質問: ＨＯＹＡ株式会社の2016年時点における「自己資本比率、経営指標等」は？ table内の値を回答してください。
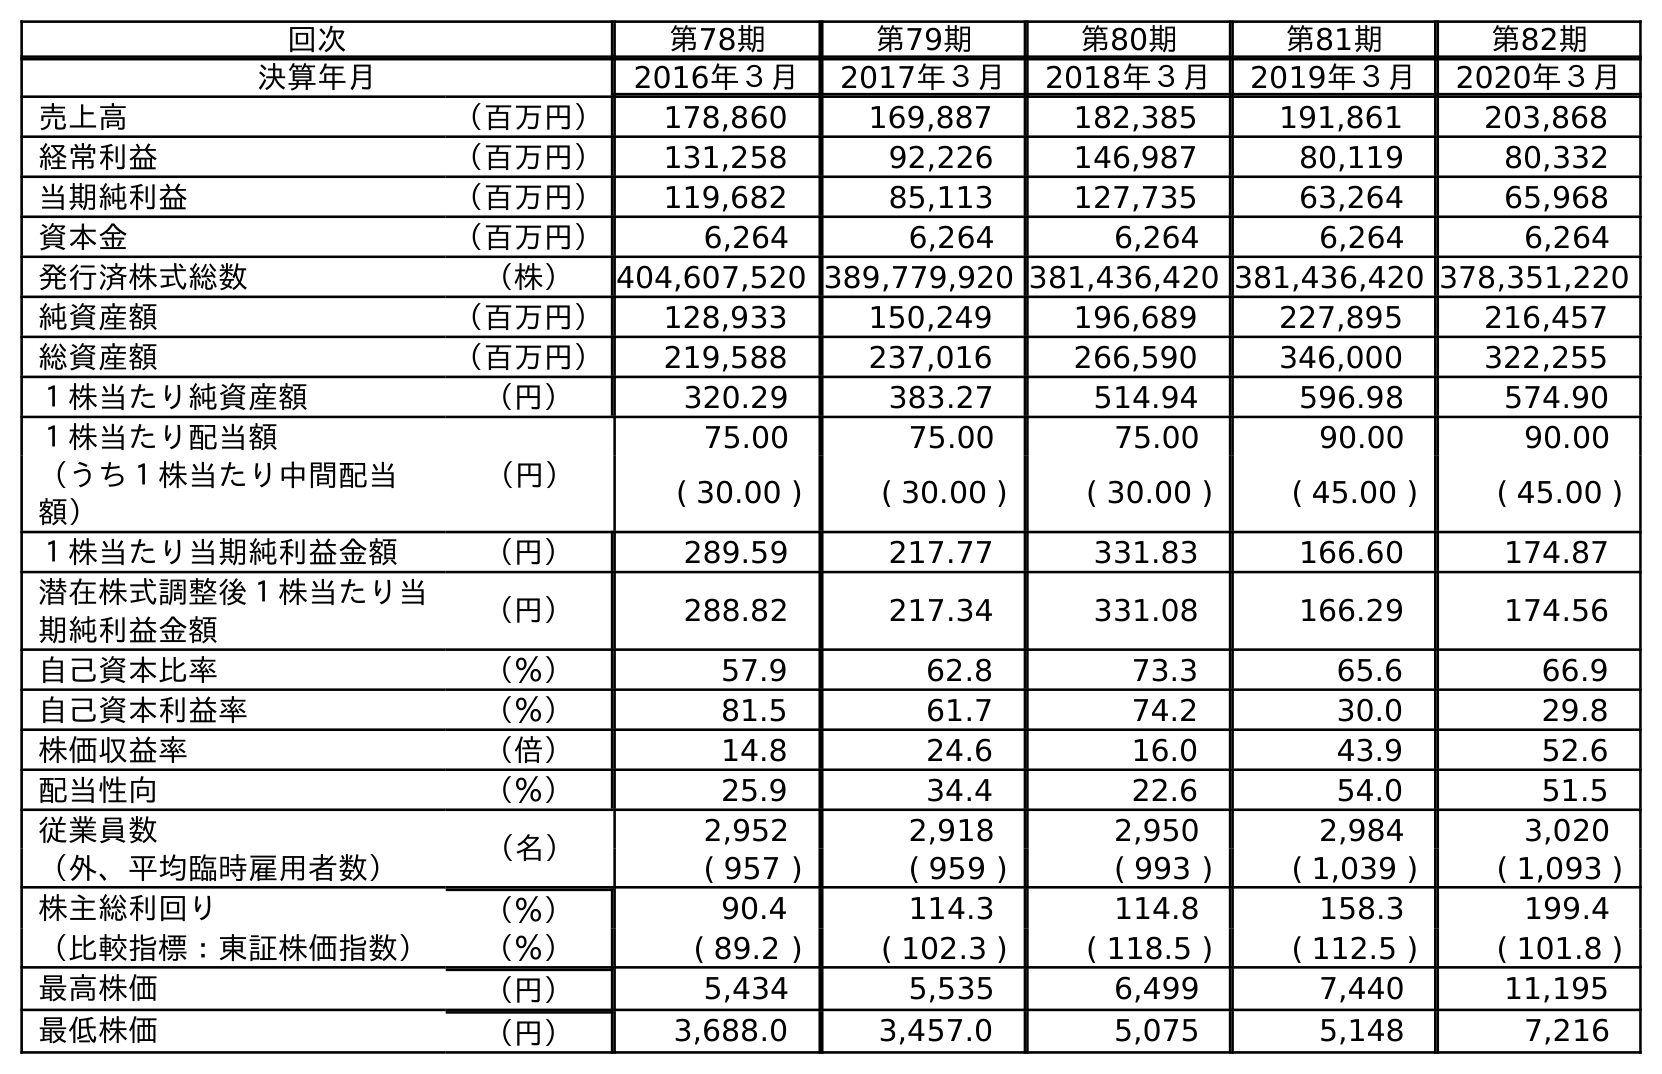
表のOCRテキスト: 回次 第78期 第79期 第80期 第81期 第82期 決算年月 2016年３月 2017年３月 2018年３月 2019年３月 2020年３月 売上高 （百万円） 178,860 169,887 182,385 191,861 203,868 経常利益 （百万円） 131,258 92,226 146,987 80,119 80,332 当期純利益 （百万円） 119,682 85,113 127,735 63,264 65,968 資本金 （百万円） 6,264 6,264 6,264 6,264 6,264 発行済株式総数 （株） 404,607,520 389,779,920 381,436,420 381,436,420 378,351,220 純資産額 （百万円） 128,933 150,249 196,689 227,895 216,457 総資産額 （百万円） 219,588 237,016 266,590 346,000 322,255 １株当たり純資産額 （円） 320.29 383.27 514.94 596.98 574.90 １株当たり配当額 （円） 75.00 75.00 75.00 90.00 90.00 （うち１株当たり中間配当 額） ( 30.00 ) ( 30.00 ) ( 30.00 ) ( 45.00 ) ( 45.00 ) １株当たり当期純利益金額 （円） 289.59 217.77 331.83 166.60 174.87 潜在株式調整後１株当たり当 期純利益金額 （円） 288.82 217.34 331.08 166.29 174.56 自己資本比率 （％） 57.9 62.8 73.3 65.6 66.9 自己資本利益率 （％） 81.5 61.7 74.2 30.0 29.8 株価収益率 （倍） 14.8 24.6 16.0 43.9 52.6 配当性向 （％） 25.9 34.4 22.6 54.0 51.5 従業員数 （名） 2,952 2,918 2,950 2,984 3,020 （外、平均臨時雇用者数） ( 957 ) ( 959 ) ( 993 ) ( 1,039 ) ( 1,093 ) 株主総利回り （％） 90.4 114.3 114.8 158.3 199.4 （比較指標：東証株価指数） （％） ( 89.2 ) ( 102.3 ) ( 118.5 ) ( 112.5 ) ( 101.8 ) 最高株価 （円） 5,434 5,535 6,499 7,440 11,195 最低株価 （円） 3,688.0 3,457.0 5,075 5,148 7,216
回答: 57.9